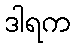
ဒါရက